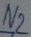
Text: N2